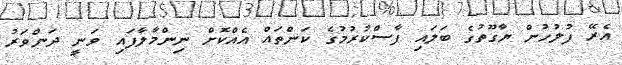
އެރޭ ފުލުހުން ޔާގޫތުގެ ބަލައި ފާސްކުރުމުގެ ކަންތައް އެއްކޮށް ނިންމާލާފައި ވަނީ ދަންވަރު